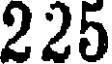
225